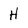
Character: H